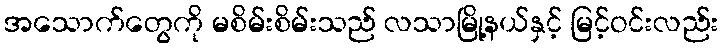
အသောက်တွေကို မစိမ်းစိမ်းသည် လသာမြို့နယ်နှင့် မြင့်ဝင်းလည်း